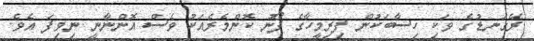
ރޭގަނޑުގެ ވަކި ހިސާބަކުން ފިރިމީހާގެ ފޯނު ކޮންމެރެއަކު ވެސް އޮންނާނީ ނިވިފަ އެެވެ.